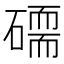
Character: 𥕷